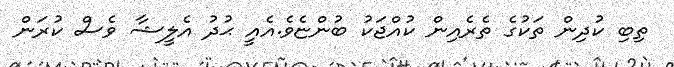
ތިބި ކުދިން ތަކުގެ ތެރެއިން ކުއްޖަކު ބުންޏެވެ.އެއީ ޙުދު އެލީޝާ ވެސް ކުރަން